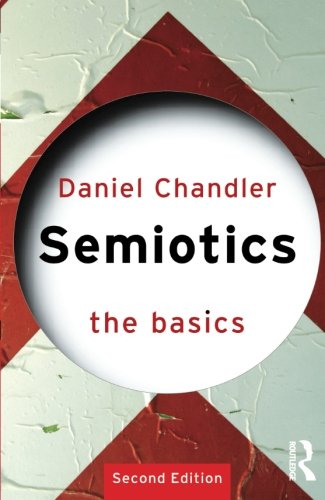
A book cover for Semiotics: The Basics; Daniel Chandler; Reference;